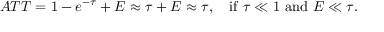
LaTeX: A T T = 1 - e ^ { - \tau } + E \approx \tau + E \approx \tau , \quad { \mathrm { i f } } \ \tau \ll 1 \ { \mathrm { a n d } } \ E \ll \tau .